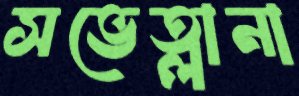
সভেত্লানা